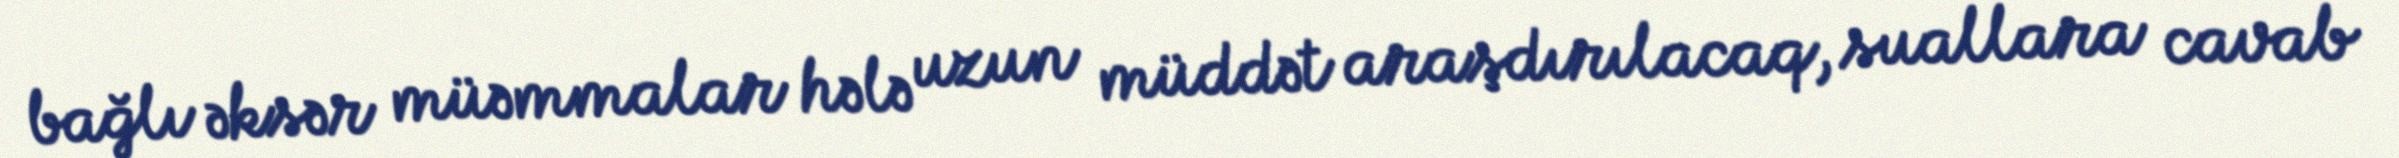
bağlı əksər müəmmalar hələ uzun müddət araşdırılacaq, suallara cavab